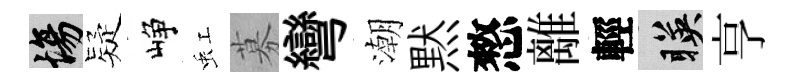
場疑峥虹募彎潮黙憗離輕暎亨